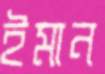
ইমান